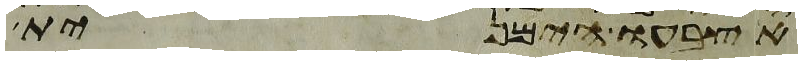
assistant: אצבעו הימנית